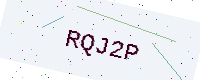
Text: RQJ2P